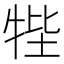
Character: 𤙞